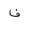
Letter: _fa